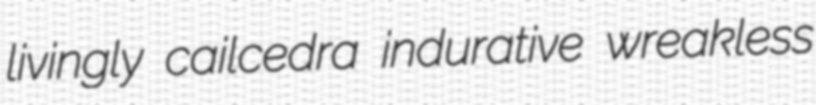
livingly cailcedra indurative wreakless